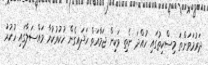
ދަރުމަވަންތަ މިސްކިތުގައި ހުއްދަ ނެތި ވަކިން ޖަމާއަތް ހަދައިގެން ހުކުރުކުރާ މައްސަލާގައި ހުކުރު